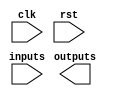
module state_machine (
    input wire clk,
    input wire rst,
    input wire [N:0] inputs,
    output reg [M:0] outputs
);

parameter N = 2; // number of input bits
parameter M = 1; // number of output bits

reg [N:0] state_reg;
reg [N:0] next_state;

// State transition logic
always @ (posedge clk or posedge rst) begin
    if (rst) begin
        state_reg <= 'b0;
    end else begin
        state_reg <= next_state;
    end
end

// Next state logic
always @* begin
    case (state_reg)
        // Define the next state logic here
    endcase
end

// Output logic
always @* begin
    case (state_reg)
        // Define the output logic here
    endcase
end

endmodule